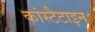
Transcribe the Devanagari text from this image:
कांस्टैटाइन